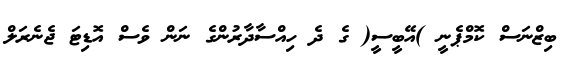
ބިޒްނަސް ކޮމްޕެނީ )އޭބީސީ( ގެ ދެ ހިއްސާދާރުންގެ ނަން ވެސް އޮޑިޓަ ޖެނެރަލް